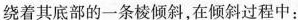
绕着其底部的一条棱倾斜，在倾斜过程中：